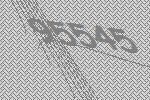
95545